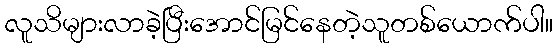
လူသိများလာခဲ့ပြီးအောင်မြင်နေတဲ့သူတစ်ယောက်ပါ။